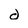
Character: d